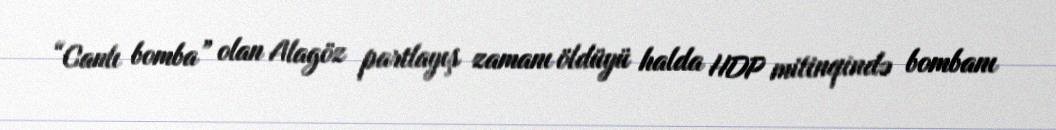
“Canlı bomba” olan Alagöz partlayış zamanı öldüyü halda HDP mitinqində bombanı